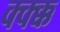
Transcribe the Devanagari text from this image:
क्क्क्क